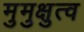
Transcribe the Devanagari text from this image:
मुमुक्षुत्व